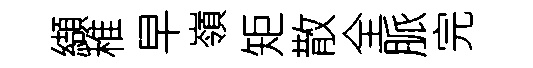
纈稚早嶺矩散全脈完